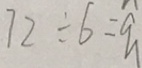
7 2 \div 6 = q